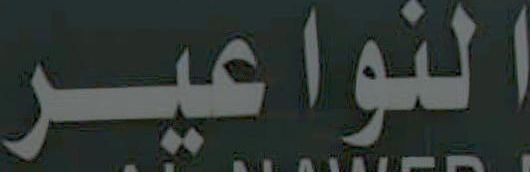
النواعير